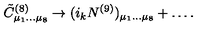
{ \tilde { C } } _ { \mu _ { 1 } \dots \mu _ { 8 } } ^ { ( 8 ) } \rightarrow ( i _ { k } N ^ { ( 9 ) } ) _ { \mu _ { 1 } \dots \mu _ { 8 } } + \dots .